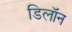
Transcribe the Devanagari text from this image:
डिलॉन